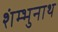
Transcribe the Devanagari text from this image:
शंम्भुनाथ